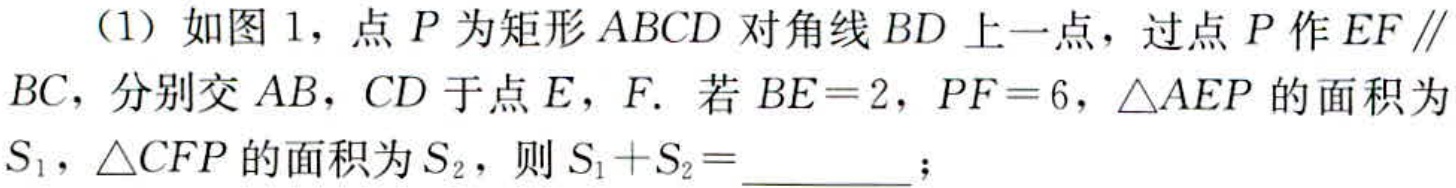
（1）如图1，点\(P\)为矩形\(ABCD\)对角线\(BD\)上一点，过点\(P\)作\(EF\parallel BC\)，分别交\(AB\)，\(CD\)于点\(E\)，\(F\). 若\(BE = 2\)，\(PF = 6\)，\(\triangle AEP\)的面积为\(S_{1}\)，\(\triangle CFP\)的面积为\(S_{2}\)，则\(S_{1}+S_{2}=\underline{\quad\quad}\)；